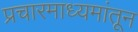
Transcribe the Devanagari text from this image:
प्रचारमाध्यमांतून